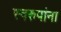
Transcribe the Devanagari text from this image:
स्वरुपांना